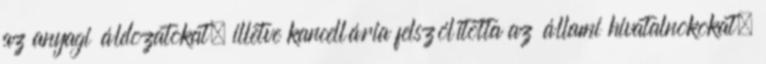
az anyagi áldozatokat, illetve kancellária felszólította az állami hivatalnokokat,